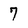
Character: 7